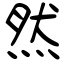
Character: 然